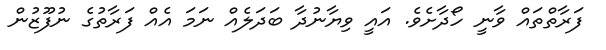
ފަރާތްތައް ވާނީ ހޯދާށެވެ. އައީ ވިޔާނުދާ ބަދަލެއް ނަމަ އެއް ފަރާތުގެ ނުފޫޒުން